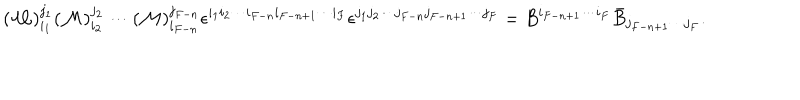
LaTeX: ( { \cal M } ) _ { i _ { 1 } } ^ { j _ { 1 } } ( { \cal M } ) _ { i _ { 2 } } ^ { j _ { 2 } } \cdots ( { \cal M } ) _ { i _ { F - n } } ^ { j _ { F - n } } \epsilon ^ { i _ { 1 } i _ { 2 } \cdots i _ { F - n } i _ { F - n + 1 } \cdots i _ { F } } \epsilon ^ { j _ { 1 } j _ { 2 } \cdots j _ { F - n } j _ { F - n + 1 } \cdots j _ { F } } = B ^ { i _ { F - n + 1 } \cdots i _ { F } } \bar { B } _ { j _ { F - n + 1 } \cdots j _ { F } } .